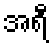
အရီ